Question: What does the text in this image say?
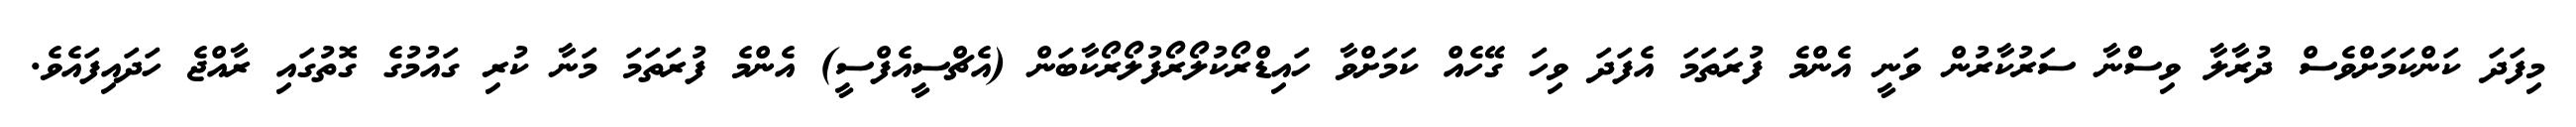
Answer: މިފަދަ ކަންކަމަށްވެސް ދުރާލާ ވިސްނާ ސަރުކާރުން ވަނީ އެންމެ ފުރަތަމަ އެފަދަ ވިހަ ގޭހެއް ކަމަށްވާ ހައިޑްރޯކުލޯރޯފުލޯރޯކާބަން (އެޗްސީއެފްސީ) އެންމެ ފުރަތަމަ މަނާ ކުރި ގައުމުގެ ގޮތުގައި ރާއްޖެ ހަދައިފައެވެ.